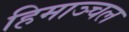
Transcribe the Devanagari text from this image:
हिमाञ्चल